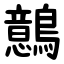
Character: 鷾